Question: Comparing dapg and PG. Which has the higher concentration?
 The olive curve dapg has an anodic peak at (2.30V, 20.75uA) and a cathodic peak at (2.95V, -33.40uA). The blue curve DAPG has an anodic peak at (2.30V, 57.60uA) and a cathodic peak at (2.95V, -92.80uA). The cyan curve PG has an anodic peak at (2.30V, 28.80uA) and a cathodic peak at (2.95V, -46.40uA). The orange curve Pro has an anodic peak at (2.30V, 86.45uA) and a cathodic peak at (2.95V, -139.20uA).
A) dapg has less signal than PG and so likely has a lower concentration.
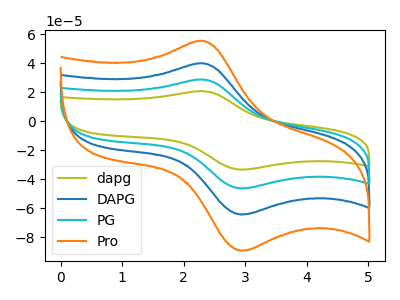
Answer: <think>All the peaks in "dapg" have a peak in "PG" at the same potential. Every peak in "dapg" is lower than every peak in "PG".
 </think>
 <answer>A) "dapg" has less signal than "PG" and so likely has a lower concentration.</answer>
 <eval>A</eval>